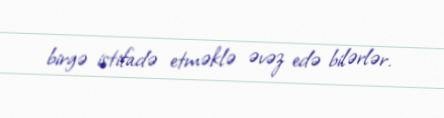
birgə istifadə etməklə əvəz edə bilərlər.